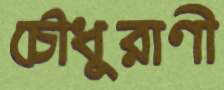
চৌধুরাণী